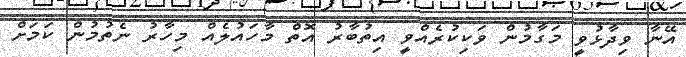
އޭނާ ވިދާޅުވީ މަގާމުން ވަކިކުރެއްވީ އިތުބާރު އޮތް މާހައުލެއް މިހާރު ނެތުމުން ކަމަށް